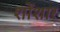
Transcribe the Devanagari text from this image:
शोंशार